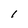
Character: I